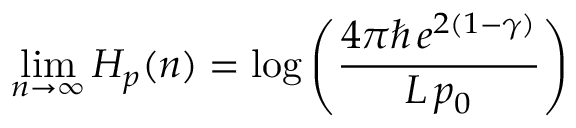
\operatorname* { l i m } _ { n \to \infty } H _ { p } ( n ) = \log \left( { \frac { 4 \pi \hbar \, e ^ { 2 ( 1 - \gamma ) } } { L \, p _ { 0 } } } \right)